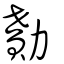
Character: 勩